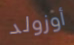
أوزولد